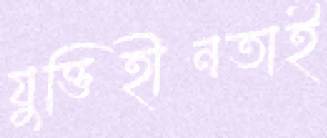
যুক্তিহীনতাই